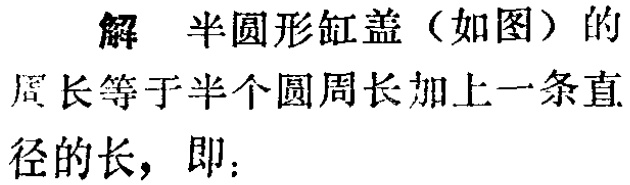
解 半圆形缸盖（如图）的周长等于半个圆周长加上一条直径的长，即：